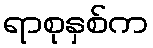
ရာစုနှစ်က